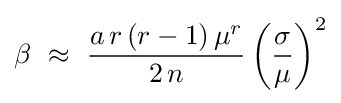
\beta \,\,\approx \,\,{{a\,r\left({r-1}\right)\mu ^{r}} \over {2\,n}}\left({\sigma  \over \mu }\right)^{2}